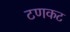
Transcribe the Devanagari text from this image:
टणकट